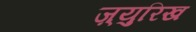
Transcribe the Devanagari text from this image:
ज़्युरिख